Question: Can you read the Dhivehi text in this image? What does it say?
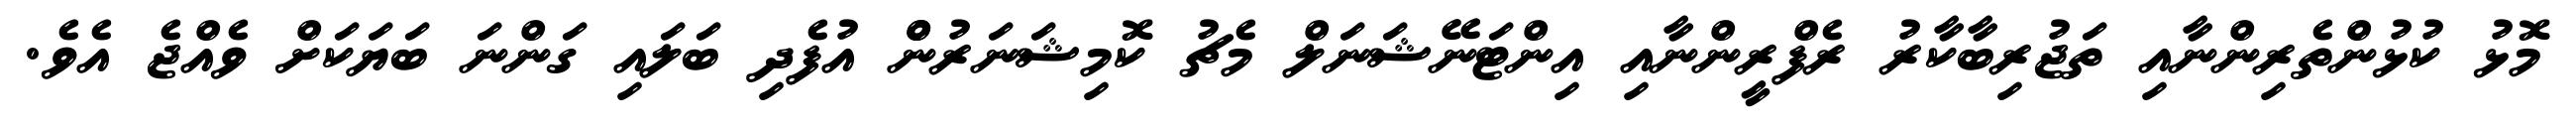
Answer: މޮޅު ކުޅުންތެރިންނާއި ތަޖުރިބާކާރު ރެފްރީންނާއި އިންޓަނޭޝަނަލް މެޗު ކޮމިޝަނަރުންް އުފެދި ބަލައި ގަންނަ ބަޔަކަށް ވެއްޖެ އެވެ.